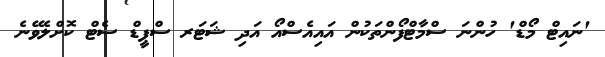
'ނައިޓް މޯޑް' ހުންނަ ސްމާޓްފޯންތަކުން އައިއެސްއޯ އަދި ޝަޓަރ ސްޕީޑް ސެޓް ކޮށްލެވޭނެ